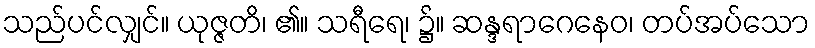
သည်ပင်လျှင်။ ယုဇ္ဇတိ၊ ၏။ သရီရေ၊ ၌။ ဆန္ဒရာဂေနေဝ၊ တပ်အပ်သော